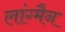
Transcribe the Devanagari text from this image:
लांग्मैन